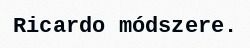
Ricardo módszere.